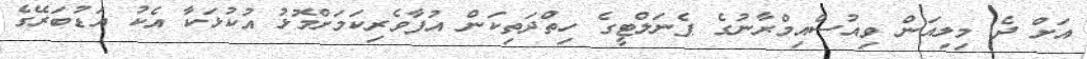
އަށް ދެ މިލިއަން ވިއުސްއިމްރާނުގެ ޕެނަލްޓީގެ ހިތްދަތިކަން އުފާވެރިކަމަށްމޮޅު އުކުޅަކާ އެކު އަޑުބަރޭގެ